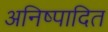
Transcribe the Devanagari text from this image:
अनिष्पादित